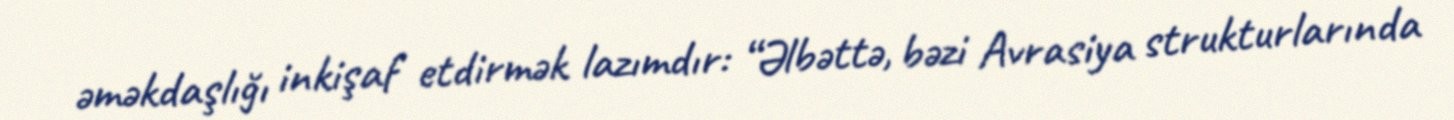
əməkdaşlığı inkişaf etdirmək lazımdır: “Əlbəttə, bəzi Avrasiya strukturlarında